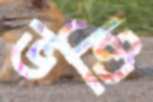
ভক্তি